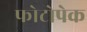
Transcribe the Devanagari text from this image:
फोटोपेक